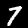
Label: 7